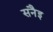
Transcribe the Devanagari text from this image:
सनैइ